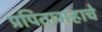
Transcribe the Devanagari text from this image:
प्रपितामहाचे